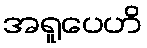
အရူပေဟိ